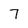
Character: 7